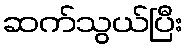
ဆက်သွယ်ပြီး